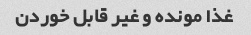
غذا مونده و غیر قابل خوردن